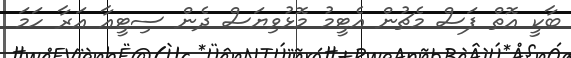
ބާކީ އޮތް ފަސް މެޗުން އެޓީމު މޮޅުވިޔަސް ދެން ސިޓީއާ އަރާ ހަމަ